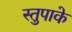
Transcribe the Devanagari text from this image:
स्तुपाके